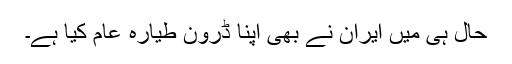
حال ہی میں ایران نے بھی اپنا ڈرون طیارہ عام کیا ہے۔